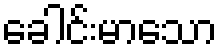
ခေါင်းမာသော